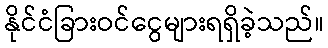
နိုင်ငံခြားဝင်ငွေများရရှိခဲ့သည်။